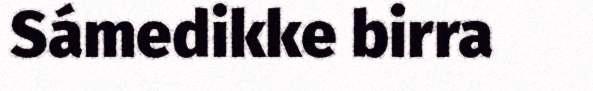
Sámedikke birra